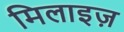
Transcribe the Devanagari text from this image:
मिलाइज़